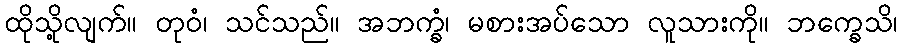
ထိုသို့လျက်။ တုဝံ၊ သင်သည်။ အဘက္ခံ၊ မစားအပ်သော လူသားကို။ ဘက္ခေသိ၊